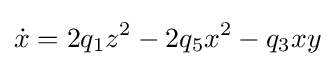
{\dot {x}}=2q_{1}z^{2}-2q_{5}x^{2}-q_{3}xy